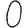
Digit: 0